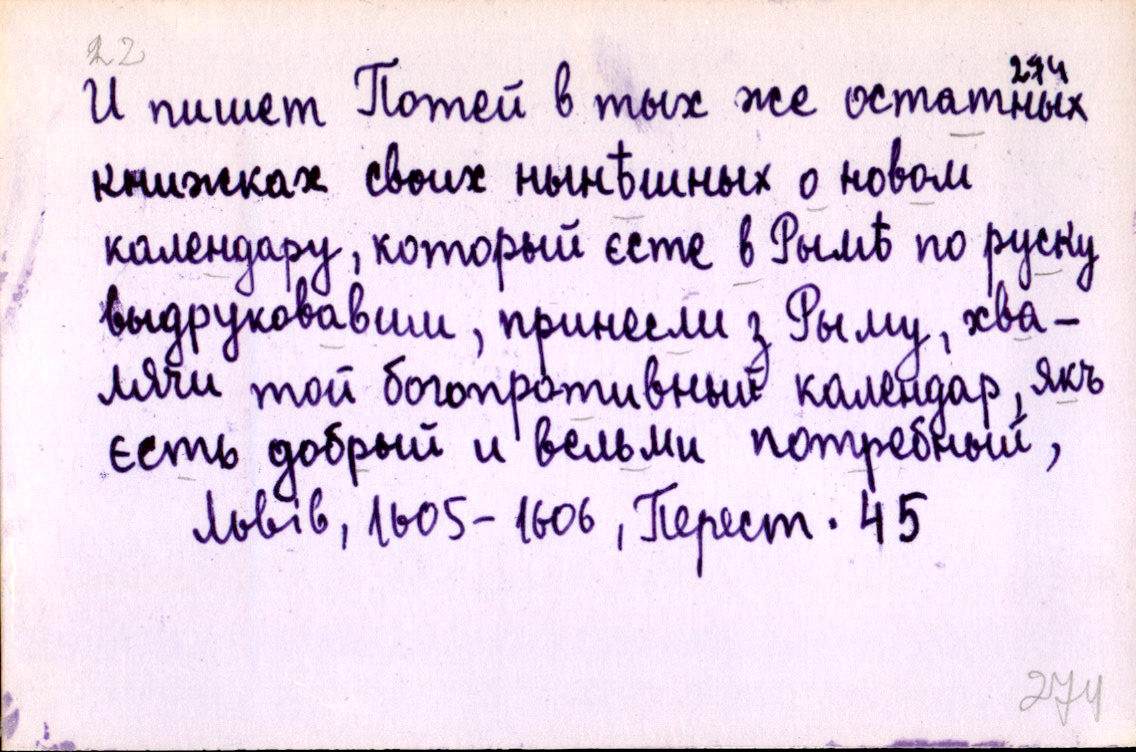
И пишет Потей в тых же остатных
книжках своих нынѣшных о новом
календару, который єсте в Рымѣ по руску
выдруковавши, принесли з Рыму, хва-
лячи той богопротивный календар, якъ
єсть добрый и вельми потребный,
Львів, 1605-1606, Перест. 45